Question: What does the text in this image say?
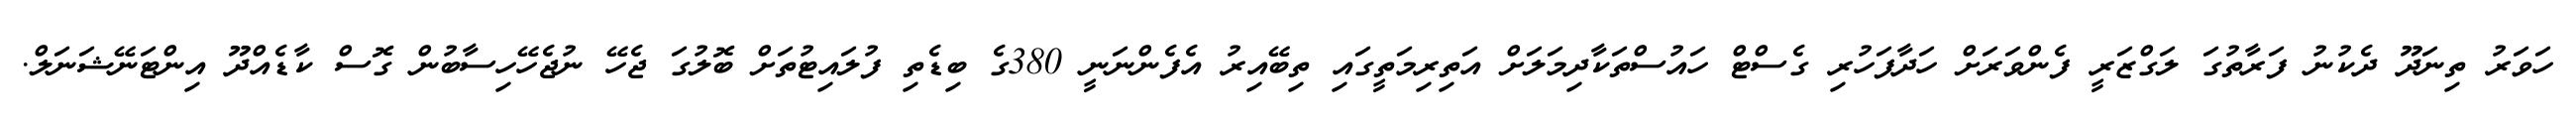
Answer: ހަވަރު ތިނަދޫ ދެކުނު ފަރާތުގަ ލަގްޒަރީ ފެންވަރަށް ހަދާފަހުރި ގެސްޓް ހައުސްތަކާދިމަލަށް އަތިރިމަތީގައި ތިބޭއިރު އެފެންނަނީ 380ގެ ބިޑެތި ފުލައިޓުތަށް ބޮލުގަ ޖެހޭ ނުޖެހޭހިސާބުން ގޮސް ކާޑެއްދޫ އިންޓަނޭޝަނަލް.